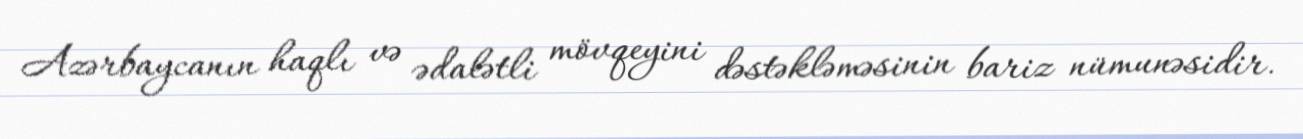
Azərbaycanın haqlı və ədalətli mövqeyini dəstəkləməsinin bariz nümunəsidir.